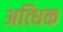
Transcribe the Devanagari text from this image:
अत्धिक